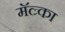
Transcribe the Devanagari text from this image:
मॅल्र्का